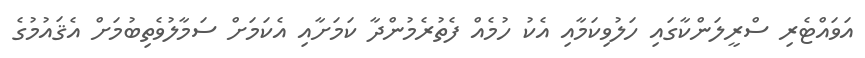
އަވައްޓެރި ސްރީލަންކާގައި ހަލުވިކަމާއި އެކު ހުމެއް ފެތުރެމުންދާ ކަމަށާއި އެކަމަށް ސަމާލުވެތިބުމަށް އެޤައުމުގެ